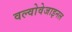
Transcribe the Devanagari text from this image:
वल्वोवेजाइनल